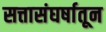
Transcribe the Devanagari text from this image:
सत्तासंघर्षातून